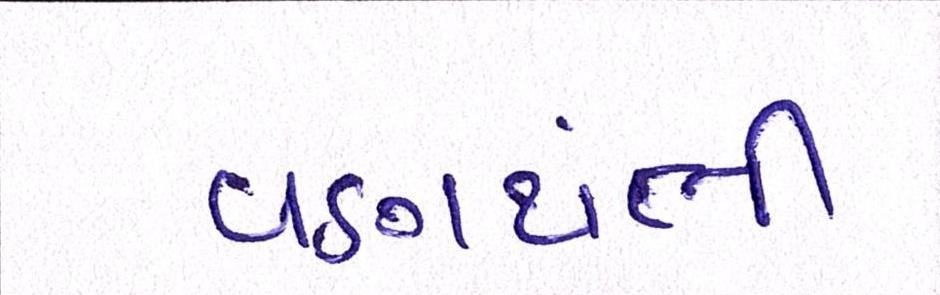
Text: વણથંભી